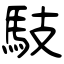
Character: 馶